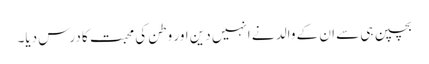
بچپن ہی سے ان کے والد نے انہیں دین اور وطن کی محبت کا درس دیا۔